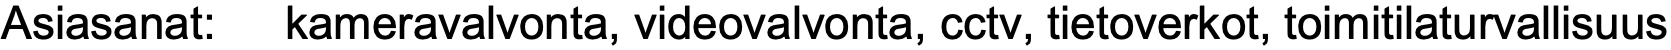
Asiasanat: kameravalvonta, videovalvonta, cctv, tietoverkot, toimitilaturvallisuus